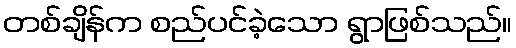
တစ်ချိန်က စည်ပင်ခဲ့သော ရွာဖြစ်သည်။